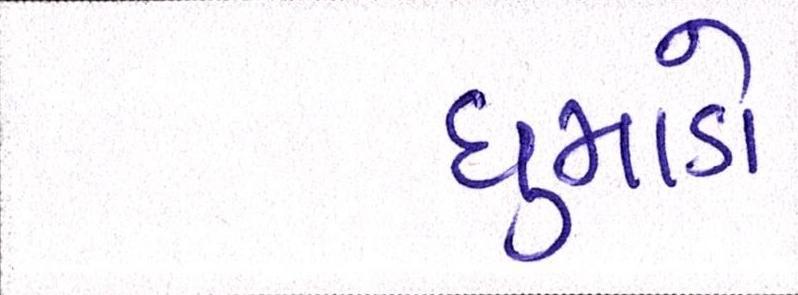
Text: ધુમાડો